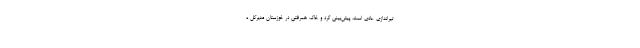
تیراندازی عادی است. پیش‌بینی گرد و خاک همرفتی در خوزستان مدیرکل ه